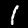
Digit: 1